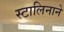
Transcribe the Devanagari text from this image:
स्टालिनाने